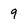
Character: 9